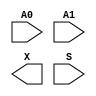
/**
 * Copyright 2020 The SkyWater PDK Authors
 *
 * Licensed under the Apache License, Version 2.0 (the "License");
 * you may not use this file except in compliance with the License.
 * You may obtain a copy of the License at
 *
 *     https://www.apache.org/licenses/LICENSE-2.0
 *
 * Unless required by applicable law or agreed to in writing, software
 * distributed under the License is distributed on an "AS IS" BASIS,
 * WITHOUT WARRANTIES OR CONDITIONS OF ANY KIND, either express or implied.
 * See the License for the specific language governing permissions and
 * limitations under the License.
 *
 * SPDX-License-Identifier: Apache-2.0
 */

`ifndef SKY130_FD_SC_LS__UDP_MUX_2TO1_SYMBOL_V
`define SKY130_FD_SC_LS__UDP_MUX_2TO1_SYMBOL_V

/**
 * udp_mux_2to1: Two to one multiplexer
 *
 * Verilog stub (with power pins) for graphical symbol definition
 * generation.
 *
 * WARNING: This file is autogenerated, do not modify directly!
 */

`timescale 1ns / 1ps
`default_nettype none

(* blackbox *)
module sky130_fd_sc_ls__udp_mux_2to1 (
    //# {{data|Data Signals}}
    input  A0,
    input  A1,
    output X ,

    //# {{control|Control Signals}}
    input  S
);
endmodule

`default_nettype wire
`endif  // SKY130_FD_SC_LS__UDP_MUX_2TO1_SYMBOL_V